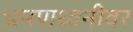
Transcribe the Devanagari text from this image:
भ्रमणध्वनीवर